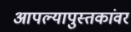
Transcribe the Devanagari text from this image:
आपल्यापुस्तकांवर